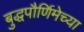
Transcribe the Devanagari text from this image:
बुद्धपौर्णिमेच्या